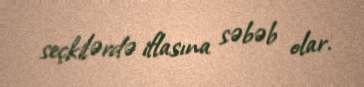
seçkilərdə iflasına səbəb olar.